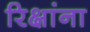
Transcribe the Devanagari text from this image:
रिक्षांना